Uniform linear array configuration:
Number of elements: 64
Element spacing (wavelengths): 0.5
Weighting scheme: binomial
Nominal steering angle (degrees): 0
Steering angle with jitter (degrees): -1.07
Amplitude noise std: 0.05
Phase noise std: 0.05

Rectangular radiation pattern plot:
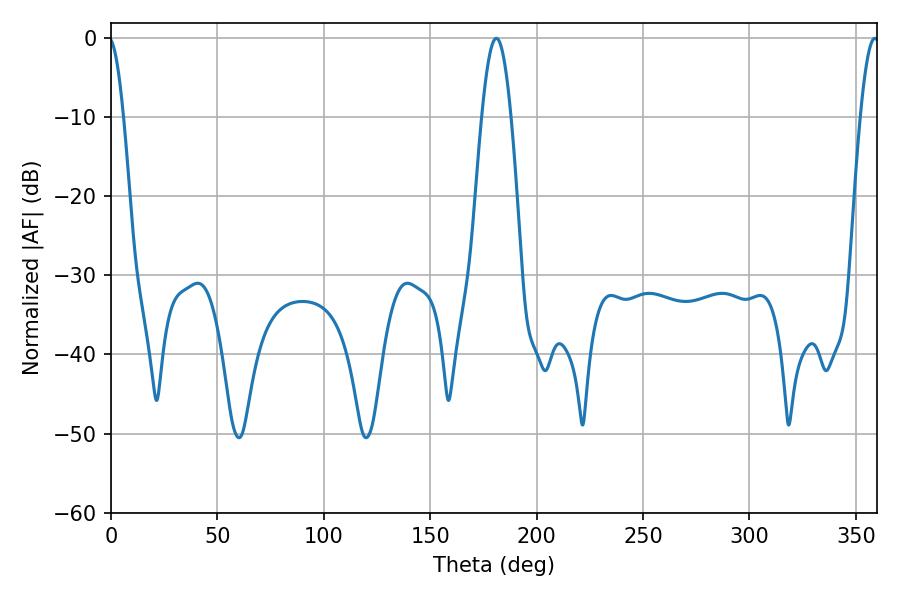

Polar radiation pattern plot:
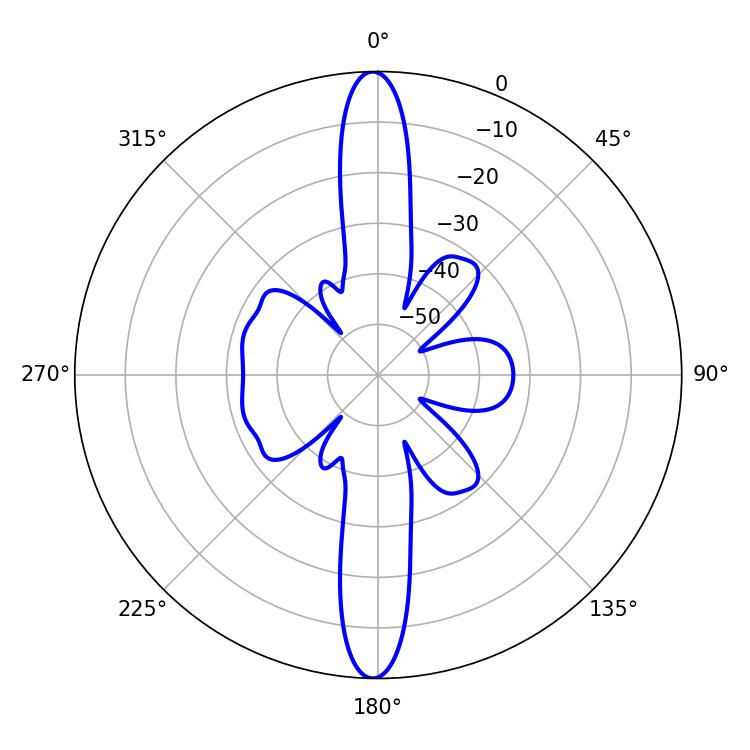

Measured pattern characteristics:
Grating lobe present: FALSE
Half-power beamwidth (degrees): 7.38
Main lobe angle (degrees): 181.08